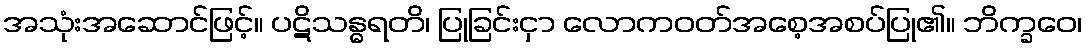
အသုံးအဆောင်ဖြင့်။ ပဋိသန္ဓရတိ၊ ပြုခြင်းငှာ လောကဝတ်အစေ့အစပ်ပြု၏။ ဘိက္ခဝေ၊